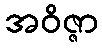
အဝိဇ္ဇာ